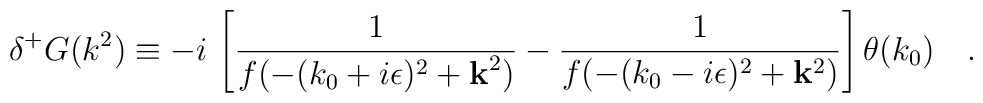
\delta^+ G (k^2)\equiv -i\, \left[\frac{1}{f(-(k_0+i\epsilon)^2+{\bf k}^2)}-\frac{1}{f(-(k_0-i\epsilon)^2+{\bf k}^2)}\right] \theta (k_0)~~~.